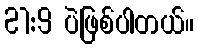
21:9 ပဲဖြစ်ပါတယ်။